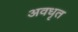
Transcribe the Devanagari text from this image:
अवधृत